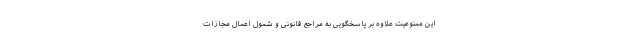
این ممنوعیت علاوه بر پاسخگویی به مراجع قانونی و شمول اعمال مجازات